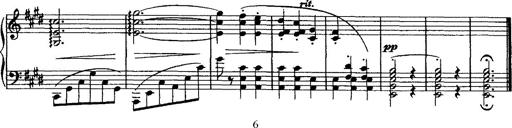
Title: Valse mÃ©lancolique
Composer: Paul Vidal
Key: F-sharp minor